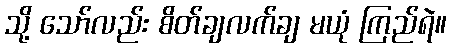
သို့ သော်လည်း စိတ်ချလက်ချ မယုံ ကြည်ရဲ။